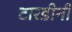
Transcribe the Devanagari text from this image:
टारडीनी